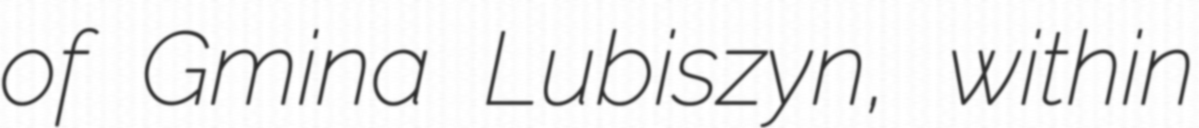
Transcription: of Gmina Lubiszyn, within